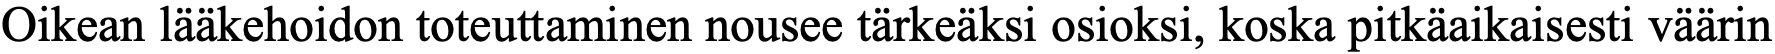
Oikean lääkehoidon toteuttaminen nousee tärkeäksi osioksi, koska pitkäaikaisesti väärin